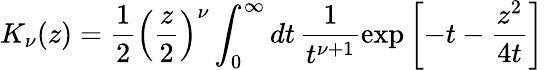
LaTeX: K_{\nu}(z)=\frac{1}{2}\left(\frac{z}{2}\right)^{\nu}\int_{0}^{\infty}dt\, \frac{1}{t^{\nu+1}}\exp\left[-t-\frac{z^{2}}{4t}\right]